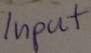
Text: Input